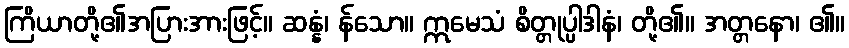
ကြိယာတို့၏အပြားအားဖြင့်။ ဆန္နံ၊ န်သော။ ဣမေသံ စိတ္တုပ္ပါဒါနံ၊ တို့၏။ အတ္တနော၊ ၏။